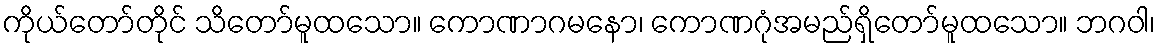
ကိုယ်တော်တိုင် သိတော်မူထသော။ ကောဏာဂမနော၊ ကောဏဂုံအမည်ရှိတော်မူထသော။ ဘဂဝါ၊